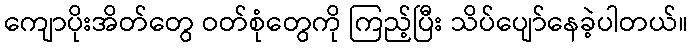
ကျောပိုးအိတ်တွေ ဝတ်စုံတွေကို ကြည့်ပြီး သိပ်ပျော်နေခဲ့ပါတယ်။